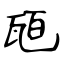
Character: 瓸